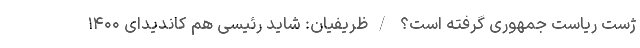
ژست ریاست جمهوری گرفته است؟ /ظریفیان: شاید رئیسی هم کاندیدای ۱۴۰۰